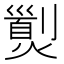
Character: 𤎾